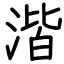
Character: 湝